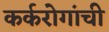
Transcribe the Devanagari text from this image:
कर्करोगांची